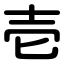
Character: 壱